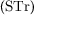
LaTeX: ( { \mathrm { S T r } } )